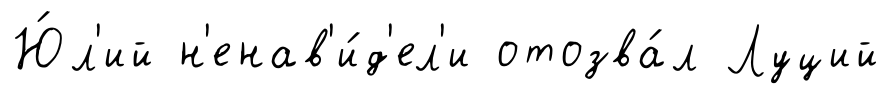
Ю́л'ий н'енав'и́д'ел'и отозва́л Луций